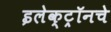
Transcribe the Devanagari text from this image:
इलेक्ट्रॉनचे